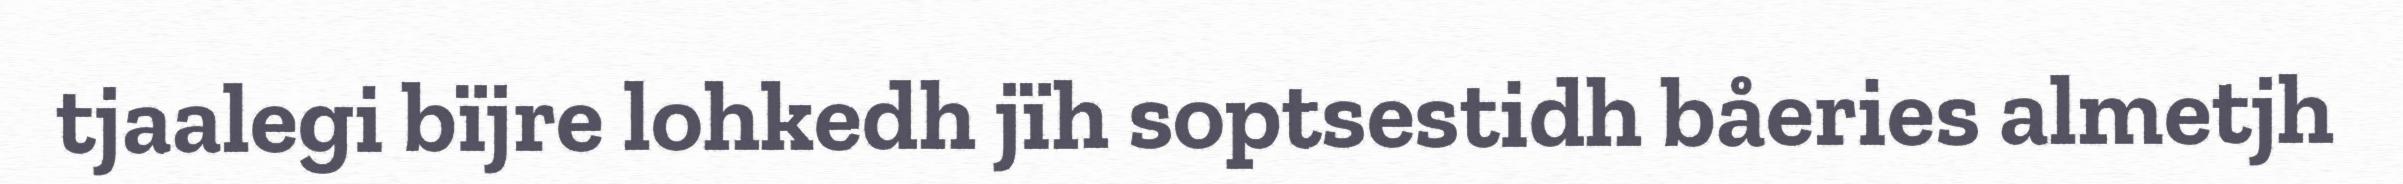
tjaalegi bïjre lohkedh jïh soptsestidh båeries almetjh